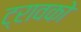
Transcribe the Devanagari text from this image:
ट्रावको